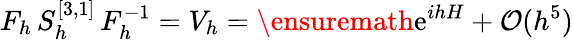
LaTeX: F_{h}\, S_{h}^{[3,1]}\, F_{h}^{-1}=V_{h}=\ensuremath{\mathrm{e}}^{ihH}+\mathcal{O}(h^{5})